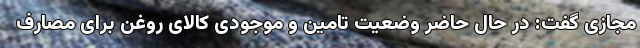
مجازی گفت: در حال حاضر وضعیت تامین و موجودی کالای روغن برای مصارف